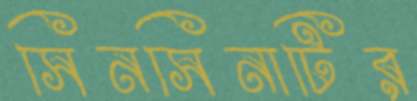
সিনসিনাটির